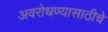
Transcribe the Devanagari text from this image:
अवरोधण्यासाठीचे